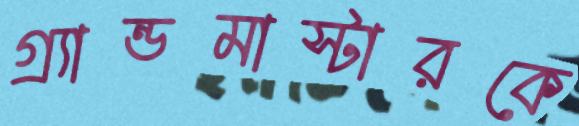
গ্র্যান্ডমাস্টারকে